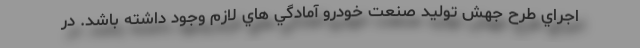
اجراي طرح جهش تولید صنعت خودرو آمادگي هاي لازم وجود داشته باشد. در